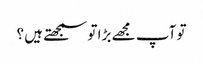
تو آپ مجھے بڑا تو سمجھتے ہیں ؟